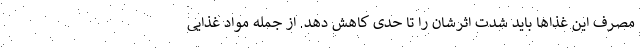
مصرف این غذاها باید شدت اثرشان را تا حدی کاهش دهد. از جمله مواد غذایی